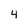
Character: 4